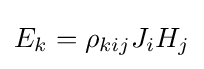
E_{k}=\rho _{kij}J_{i}H_{j}